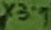
Text: X3:7